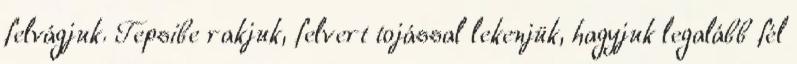
felvágjuk. Tepsibe rakjuk, felvert tojással lekenjük, hagyjuk legalább fél